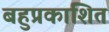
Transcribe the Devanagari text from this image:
बहुप्रकाशित